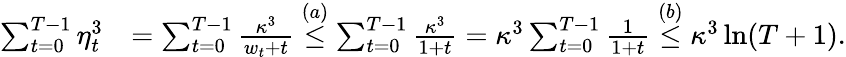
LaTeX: \begin{array}{rl}{\sum_{t=0}^{T-1}\eta_{t}^{3}}&{=\sum_{t=0}^{T-1}\frac{\kappa^{3}}{w_{t}+t}\overset{(a)}{\leq}\sum_{t=0}^{T-1}\frac{\kappa^{3}}{1+t}=\kappa^{3}\sum_{t=0}^{T-1}\frac{1}{1+t}\overset{(b)}{\leq}\kappa^{3}\ln(T+1).}\end{array}